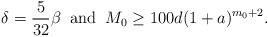
LaTeX: \begin{align*} \delta=\frac{5}{32}\beta\;\;\textrm{and}\;\;M_0\geq100d(1+a)^{m_0+2}.\end{align*}